Report of an investigation into the causes of malaria in Bombay and the measures necessary for its control
Disease focus: Malaria
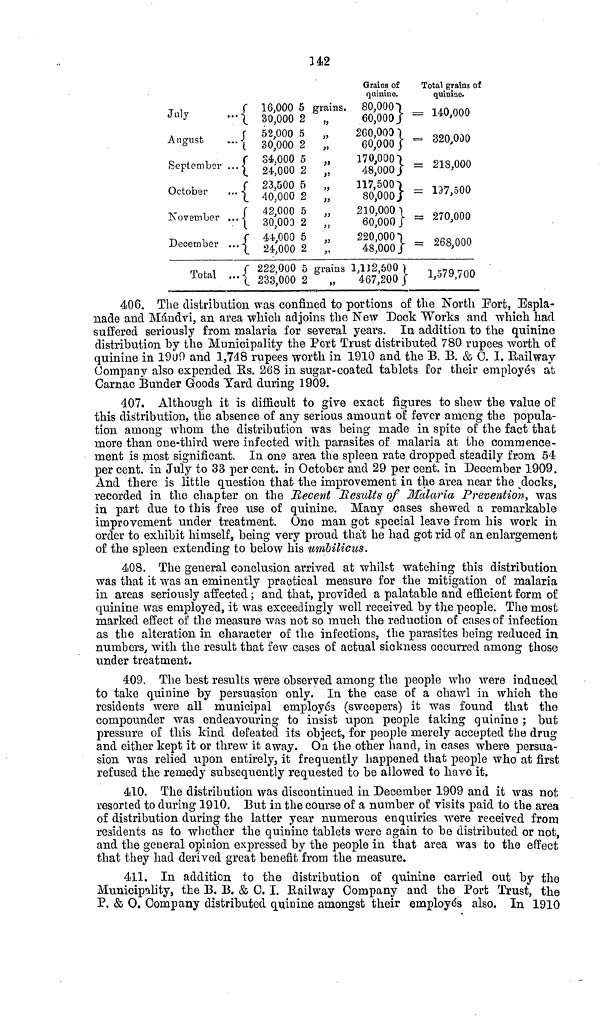
142
July
August
September
October
November
December
Total
-{
-{
...{
-{
-{
•••{
16,000
30,000
52,000
30,000
34,000
24,000
23,500
40,000
42,000
30,000
44,000
24,000
222,000
233,000
5 grains.
2 „
5 „
2 „
5 „
2 „
6 ,,
2 „
5 „
2 „
5 „
2 „
5 grains
2
„
Grains of
quinine.
80,000
60,000
260,000
60,000
170,000
48,000
117,500
80,000
210,000
60,000
220,000
48,000
1,112,500
467,200
Total grains of
quinine.
= 140,000
= 320,000
= 218,000
= 137,500
= 270,000
= 268,000
1,579,700
406. The distribution was confined to portions of the North Port, Espla-
nade and Mándvi, an area which adjoins the New Dock "Works and which had
suffered seriously from malaria for several years. In addition to the quinine
distribution by the Municipality the Port Trust distributed 780 rupees worth of
quinine in 1909 and 1,748 rupees worth in 1910 and the B. B. & C. I. Railway
Company also expended Us. 268 in sugar-coated tablets for their employes at
Carnac Bunder Goods Yard during 1909.
407. Although it is difficult to give exact figures to shew the value of
this distribution, the absence of any serious amount of fever among the popula-
tion among whom the distribution was being made in spite of the fact that
more than one-third were infected with parasites of malaria at the commence-
ment is most significant. In one area the spleen rate dropped steadily from 54
per cent. in July to 33 per cent. in October and 29 per cent. in December 1909.
And there is little question that the improvement in the area near the docks,
recorded in the chapter on the Recent Results of Malaria Prevention, was
in part due to this free use of quinine. Many cases shewed a remarkable
improvement under treatment. One man got special leave from his work in
order to exhibit himself, being very proud that he had got rid of an enlargement
of the spleen extending to below his umbilicus.
408. The general conclusion arrived at whilst watching this distribution
was that it was an eminently practical measure for the mitigation of malaria
in areas seriously affected; and that, provided a palatable and efficient form of
quinine was employed, it was exceedingly well received by the people. The most
marked effect of the measure was not so much the reduction of cases of infection
as the alteration in character of the infections, the parasites being reduced in
numbers, with the result that few cases of actual sickness occurred among those
under treatment.
409. The best results were observed among the people who were induced
to take quinine by persuasion only. In the case of a chawl in which the
residents were all municipal employes (sweepers) it was found that the
compounder was endeavouring to insist upon people taking quinine ; but
pressure of this kind defeated its object, for people merely accepted the drug
and either kept it or threw it away. On the other hand, in cases where persua-
sion was relied upon entirely, it frequently happened that people who at first
refused the remedy subsequently requested to be allowed to have it.
410. The distribution was discontinued in December 1909 and it was not
resorted to during 1910. But in the course of a number of visits paid to the area
of distribution during the latter year numerous enquiries were received from
residents as to whether the quinine tablets were again to be distributed or not,
and the general opinion expressed by the people in that area was to the effect
that they had derived great benefit from the measure.
411. In addition to the distribution of quinine carried out by the
Municipality, the B. B. & 0. I. Railway Company and the Port Trust, the
P. & O. Company distributed quinine amongst their employe's also. In 1910